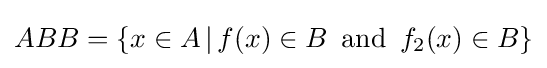
ABB=\{x\in A\,|\,f(x)\in B\,\,\,\mathrm {and} \,\,\,f_{2}(x)\in B\}